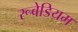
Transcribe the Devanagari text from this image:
रूबेडियम